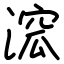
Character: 溛